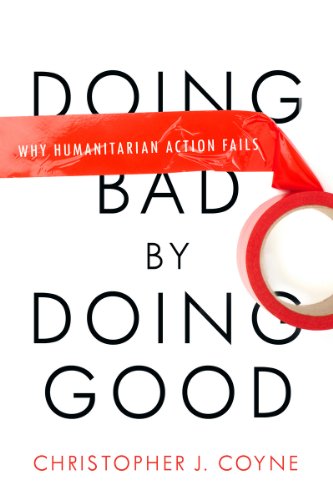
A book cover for Doing Bad by Doing Good: Why Humanitarian Action Fails; Christopher J. Coyne; Business & Money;